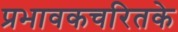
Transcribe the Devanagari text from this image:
प्रभावकचरितके